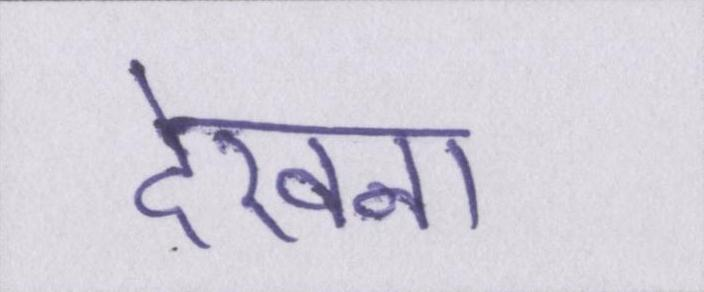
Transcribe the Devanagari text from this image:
देखना